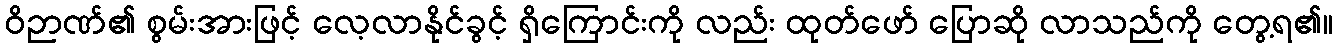
ဝိဉာဏ်၏ စွမ်းအားဖြင့် လေ့လာနိုင်ခွင့် ရှိကြောင်းကို လည်း ထုတ်ဖော် ပြောဆို လာသည်ကို တွေ့ရ၏။